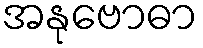
အနုဗောဓာ